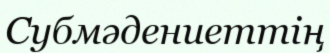
Субмәдениеттің